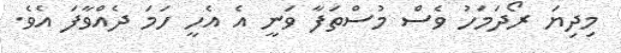
މިދިޔަ ރޯދަމަހު ވެސް މުސްތަފާ ވަނީ އެ އެހީ ހަމަ ދެއްވާފަ އެވެ.